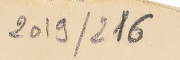
216 /2019